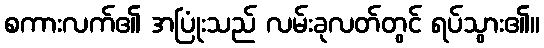
စကားလက်၏ အပြုံးသည် လမ်းခုလတ်တွင် ရပ်သွား၏။